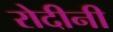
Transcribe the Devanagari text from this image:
रोदीनी